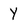
Character: Y